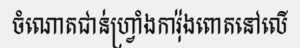
ចំណោតជាន់ហ្វ្រាំងការ៉ុងពោតនៅលើ